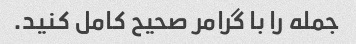
جمله را با گرامر صحیح کامل کنید.